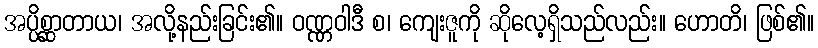
အပ္ပိစ္ဆာတာယ၊ အလို့နည်းခြင်း၏။ ဝဏ္ဏဝါဒီ စ၊ ကျေးဇူကို ဆိုလေ့ရှိသည်လည်း။ ဟောတိ၊ ဖြစ်၏။